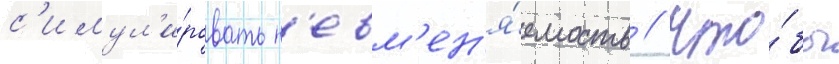
с'имул'и́ровать н'евм'ен'я́емость // Что́бы